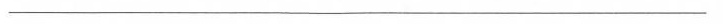
___